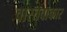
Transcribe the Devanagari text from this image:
वास्तवाकार